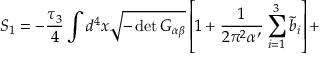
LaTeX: S _ { 1 } = - \frac { \tau _ { 3 } } { 4 } \int d ^ { 4 } x \sqrt { - \operatorname * { d e t } G _ { \alpha \beta } } \left[ 1 + \frac { 1 } { 2 \pi ^ { 2 } \alpha ^ { \prime } } \sum _ { i = 1 } ^ { 3 } { \tilde { b } } _ { i } \right] +